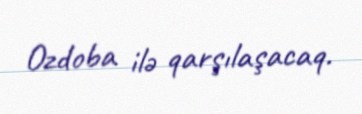
Ozdoba ilə qarşılaşacaq.